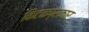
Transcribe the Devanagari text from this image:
किटकप्रकार